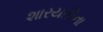
શારયતીના